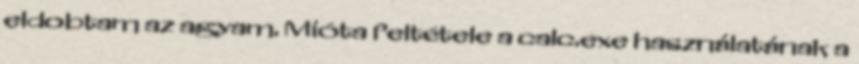
eldobtam az agyam. Mióta feltétele a calc.exe használatának a